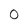
Character: 0